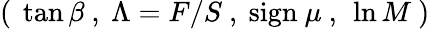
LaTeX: (~\tan\beta~,~\Lambda=F/S~,~\mathrm{sign}~\mu~,~\ln M~)